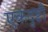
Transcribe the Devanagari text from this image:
एकदृष्टी